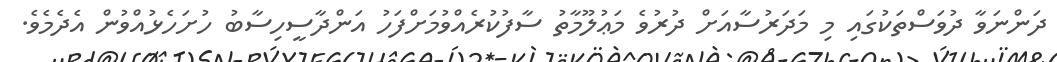
ދަންނަވާ ދުވަސްތަކުގައި މި މަދަރުސާއަށް ދުރުވެ މަޢުލޫމާތު ސާފުކުރެއްވުމަށްފަހު އަންދާސީހިސާބު ހުށަހެޅުއްވުން އެދެމެވެ.